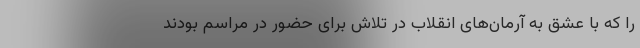
را که با عشق به آرمان‌های انقلاب در تلاش برای حضور در مراسم بودند